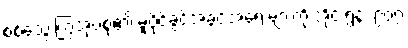
စစ်သွေးကြွအုပ်စု၏ မူပိုင်ခွင့်အခွင့်အရေးများကို အိုင်းရွန်း ၉၀၇